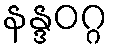
နန္ဒဝဂ္ဂ